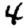
Digit: 4